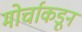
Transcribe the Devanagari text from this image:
मोर्चाकडून